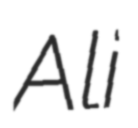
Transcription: Ali